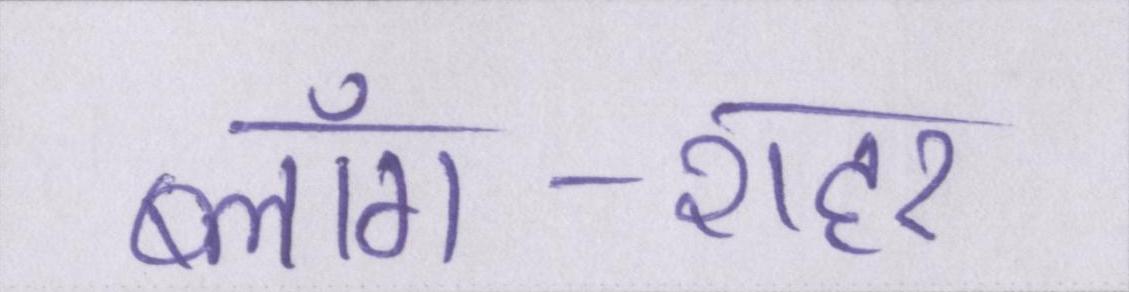
ब्लॉग-शहर